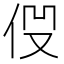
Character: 𠈧